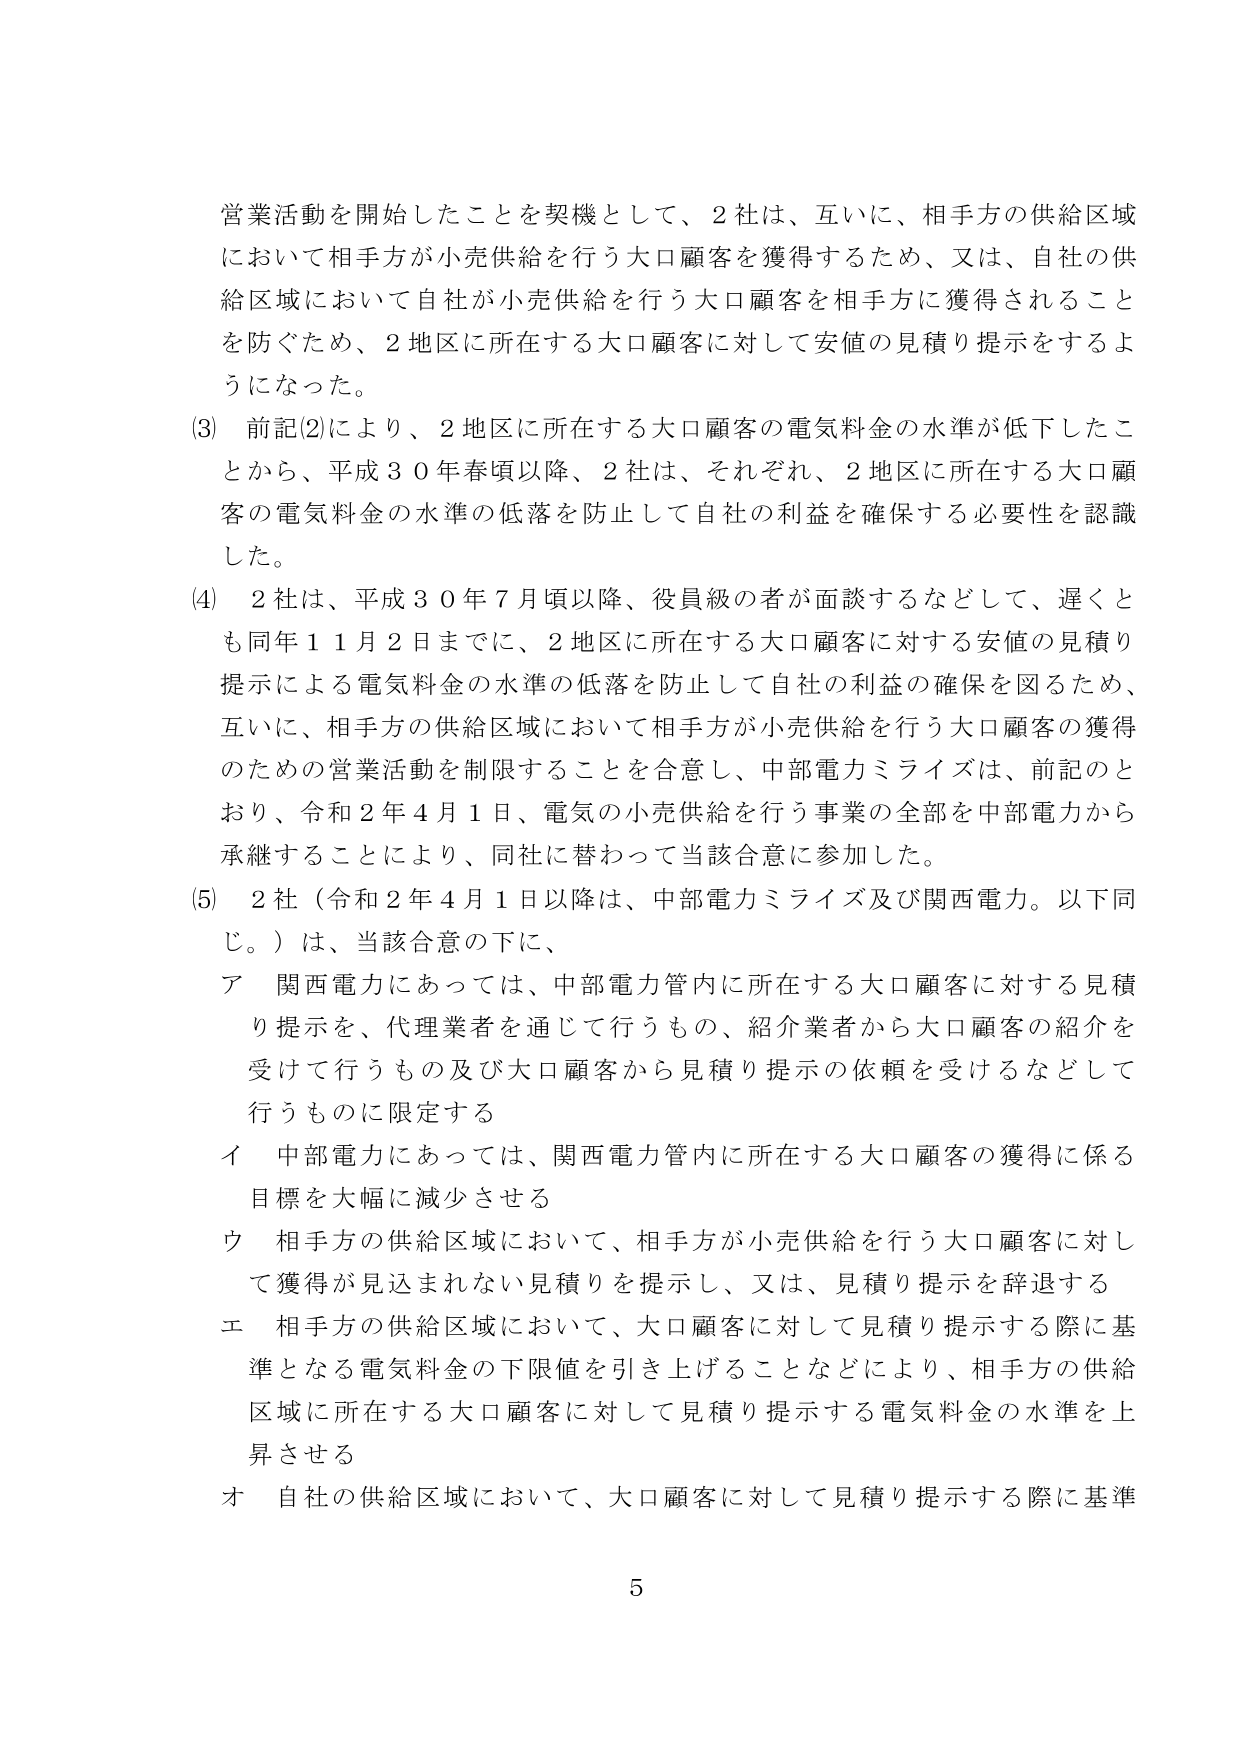
営業活動を開始したことを契機として、2社は、互いに、相手方の供給区域において相手方が小売供給を行う大口顧客を獲得するため、又は、自社の供給区域において自社が小売供給を行う大口顧客を相手方に獲得されることを防ぐため、2地区に所在する大口顧客に対して安値の見積り提示をするようになった。

(3) 前記(2)により、2地区に所在する大口顧客の電気料金の水準が低下したことから、平成30年春頃以降、2社は、それぞれ、2地区に所在する大口顧客の電気料金の水準の低落を防止して自社の利益を確保する必要性を認識した。

(4) 2社は、平成30年7月頃以降、役員級の者が面談するなどして、遅くとも同年11月2日までに、2地区に所在する大口顧客に対する安値の見積り提示による電気料金の水準の低落を防止して自社の利益の確保を図るため、互いに、相手方の供給区域において相手方が小売供給を行う大口顧客の獲得のための営業活動を制限することを合意し、中部電力ミライズは、前記のとおり、令和2年4月1日、電気の小売供給を行う事業の全部を中部電力から承継することにより、同社に替わって当該合意に参加した。

(5) 2社（令和2年4月1日以降は、中部電力ミライズ及び関西電力。以下同じ。）は、当該合意の下に、
ア 関西電力にあっては、中部電力管内に所在する大口顧客に対する見積り提示を、代理業者を通じて行うもの、紹介業者から大口顧客の紹介を受けて行うもの及び大口顧客から見積り提示の依頼を受けるなどして行うものに限定する
イ 中部電力にあっては、関西電力管内に所在する大口顧客の獲得に係る目標を大幅に減少させる
ウ 相手方の供給区域において、相手方が小売供給を行う大口顧客に対して獲得が見込まれない見積りを提示し、又は、見積り提示を辞退する
エ 相手方の供給区域において、大口顧客に対して見積り提示する際に基準となる電気料金の下限値を引き上げることなどにより、相手方の供給区域に所在する大口顧客に対して見積り提示する電気料金の水準を上昇させる
オ 自社の供給区域において、大口顧客に対して見積り提示する際に基準

5